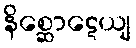
နိစ္ဆောဋေယျ